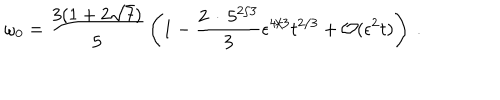
LaTeX: \omega _ { 0 } = { \frac { 3 ( 1 + 2 \sqrt { 7 } ) } { 5 } } \left( 1 - { \frac { 2 \, \cdot \, 5 ^ { 2 / 3 } } { 3 } } \epsilon ^ { 4 / 3 } t ^ { 2 / 3 } + { \cal O } ( \epsilon ^ { 2 } t ) \right) \ .